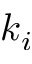
k _ { i }